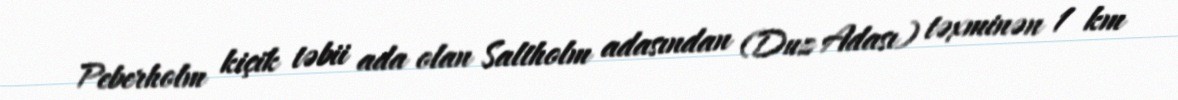
Peberholm kiçik təbii ada olan Saltholm adasından (Duz Adası) təxminən 1 km